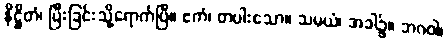
နိဋ္ဌိတံ၊ ပြီးခြင်းသို့ရောက်ပြီ။ ဧကံ၊ တပါးသော။ သမယံ၊ အခါ၌။ ဘဂဝါ၊